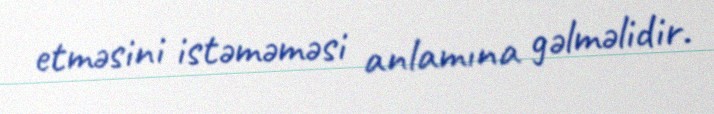
etməsini istəməməsi anlamına gəlməlidir.